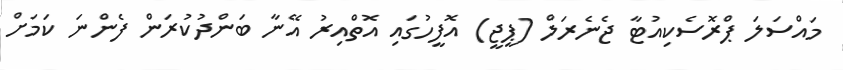
މައްސަލަ ޕްރޮސެކިއުޓާ ޖެނެރަލް (ޕީޖީ) އޮފީހުގައި އޮތްއިރު އޭނާ ބަންދުކުރަން ފެންނަ ކަމަށް